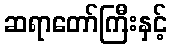
ဆရာတော်ကြီးနှင့်